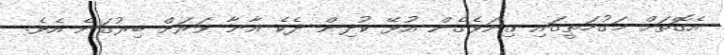
އެގޮތަށް މަގުމަތީގައި ގިނަވެގެން އުޅޭ ކުދިން ދެކެ އާނާ ވަރަށް ބިރުގަނެ އެވެ.